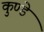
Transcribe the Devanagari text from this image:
कुण्डे